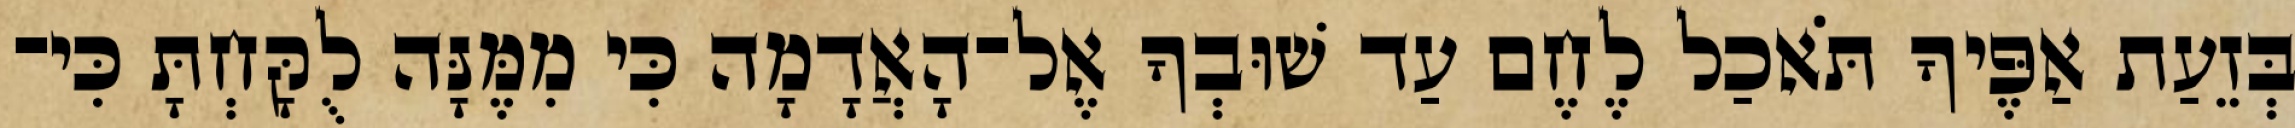
בְּזֵעַת אַפֶּיךָ תֹּאכַל לֶחֶם עַד שׁוּבְךָ אֶל־הָאֲדָמָה כִּי מִמֶּנָּה לֻקָּחְתָּ כִּי־